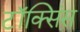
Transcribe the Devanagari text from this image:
टॉक्सिंस